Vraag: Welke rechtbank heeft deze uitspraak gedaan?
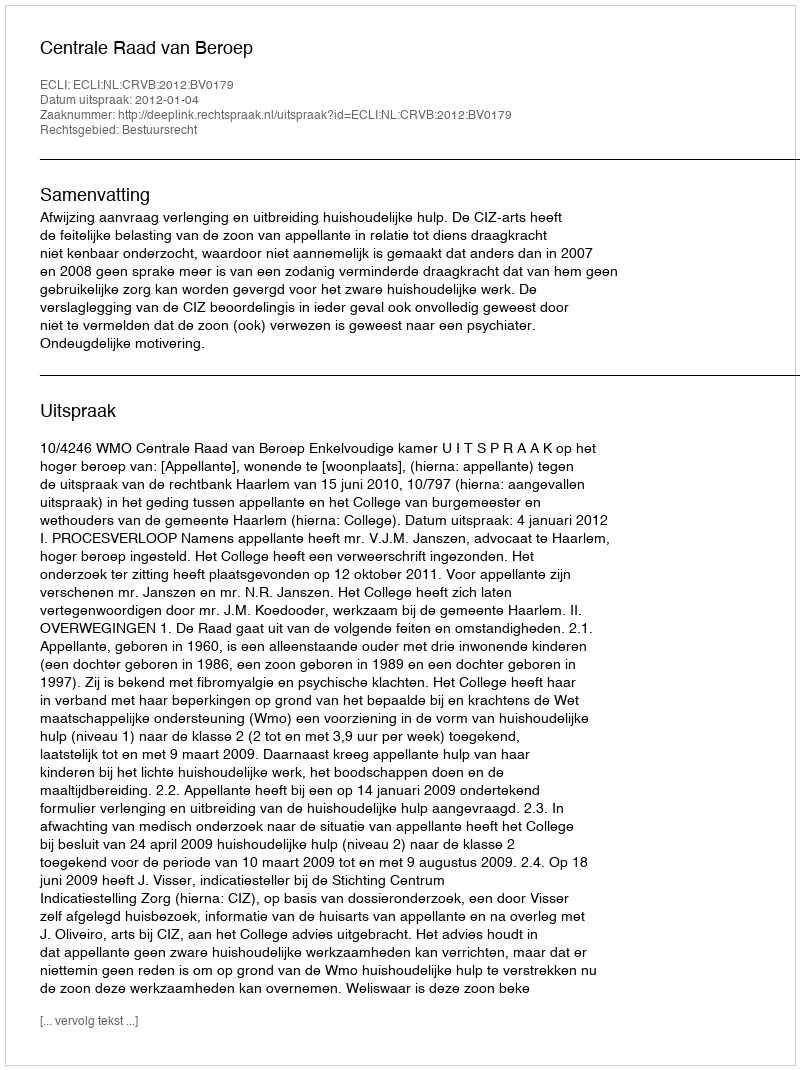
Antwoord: Centrale Raad van Beroep